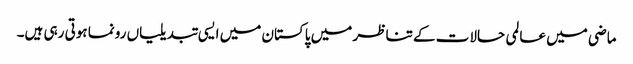
ماضی میں عالمی حالات کے تناظر میں پاکستان میں ایسی تبدیلیاں رونما ہوتی رہی ہیں۔